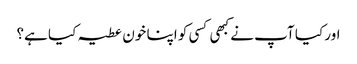
اور کیا آپ نے کبھی کسی کو اپنا خون عطیہ کیا ہے؟